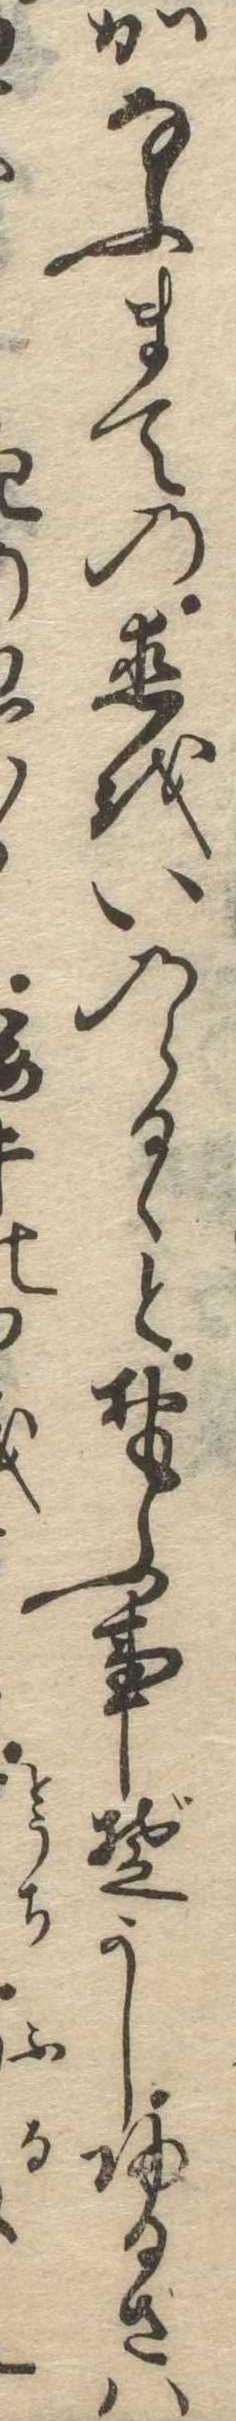
かなふまての恋をいのらるゝとおもふ事ぞかし帰るさは